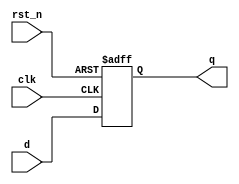
module DFlipFlop (
    input wire clk,      // Clock input
    input wire rst_n,    // Active low reset
    input wire d,       // Data input
    output reg q        // Data output
);

    // Initialization of output
    initial begin
        q <= 1'b0; // Initialize q to 0
    end

    // Always block sensitive to the rising edge of the clock
    always @(posedge clk or negedge rst_n) begin
        if (!rst_n) begin
            q <= 1'b0; // Reset output q to 0
        end else begin
            q <= d; // Non-blocking assignment to update q with d
        end
    end

endmodule